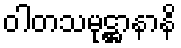
ဝါတသမုဋ္ဌာနာနိ